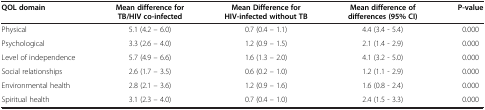
<table><thead><tr><td><b>QOL domain</b></td><td><b>Mean difference for TB/HIV co-infected</b></td><td><b>Mean Difference for HIV-infected without TB</b></td><td><b>Mean difference of differences (95% CI)</b></td><td><b>P-value</b></td></tr></thead><tbody><tr><td>Physical</td><td>5.1 (4.2 – 6.0)</td><td>0.7 (0.4 – 1.1)</td><td>4.4 (3.4 - 5.4)</td><td>0.000</td></tr><tr><td>Psychological</td><td>3.3 (2.6 – 4.0)</td><td>1.2 (0.9 – 1.5)</td><td>2.1 (1.4 - 2.9)</td><td>0.000</td></tr><tr><td>Level of independence</td><td>5.7 (4.9 – 6.6)</td><td>1.6 (1.3 – 2.0)</td><td>4.1 (3.2 - 5.0)</td><td>0.000</td></tr><tr><td>Social relationships</td><td>2.6 (1.7 – 3.5)</td><td>0.6 (0.2 – 1.0)</td><td>1.2 (1.1 - 2.9)</td><td>0.000</td></tr><tr><td>Environmental health</td><td>2.8 (2.1 – 3.6)</td><td>1.2 (0.9 – 1.6)</td><td>1.6 (0.8 - 2.4)</td><td>0.000</td></tr><tr><td>Spiritual health</td><td>3.1 (2.3 – 4.0)</td><td>0.7 (0.4 – 1.0)</td><td>2.4 (1.5 - 3.3)</td><td>0.000</td></tr></tbody></table>